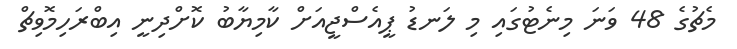
މެޗުގެ 48 ވަނަ މިނެޓުގައި މި ލަނޑު ޕީއެސްޖީއަށް ކާމިޔާބު ކޮށްދިނީ އިބްރަހިމޮވިޗް